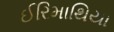
ઈરિમાથિયા